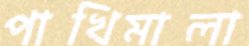
পাখিমালা